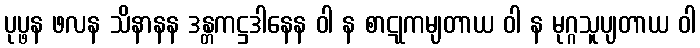
ပုပ္ဖန ဖလန သိနာနန ဒန္တကဋ္ဌဒါနေန ဝါ န စာဋုကမျတာယ ဝါ န မုဂ္ဂသူပျတာယ ဝါ